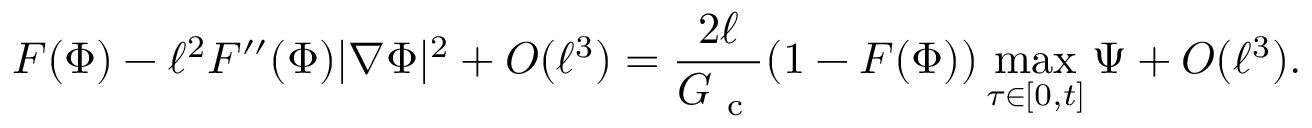
F ( \Phi ) - \ell ^ { 2 } F ^ { \prime \prime } ( \Phi ) | \nabla \Phi | ^ { 2 } + O ( \ell ^ { 3 } ) = \frac { 2 \ell } { G _ { \mathrm { ~ c ~ } } } ( 1 - F ( \Phi ) ) \operatorname* { m a x } _ { \tau \in [ 0 , t ] } \Psi + O ( \ell ^ { 3 } ) .